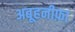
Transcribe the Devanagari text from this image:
अबूहनीफ़ा